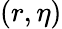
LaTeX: (r,\eta)